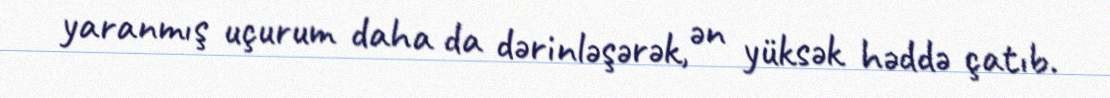
yaranmış uçurum daha da dərinləşərək, ən yüksək həddə çatıb.